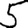
Digit: 5